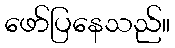
ဖော်ပြနေသည်။